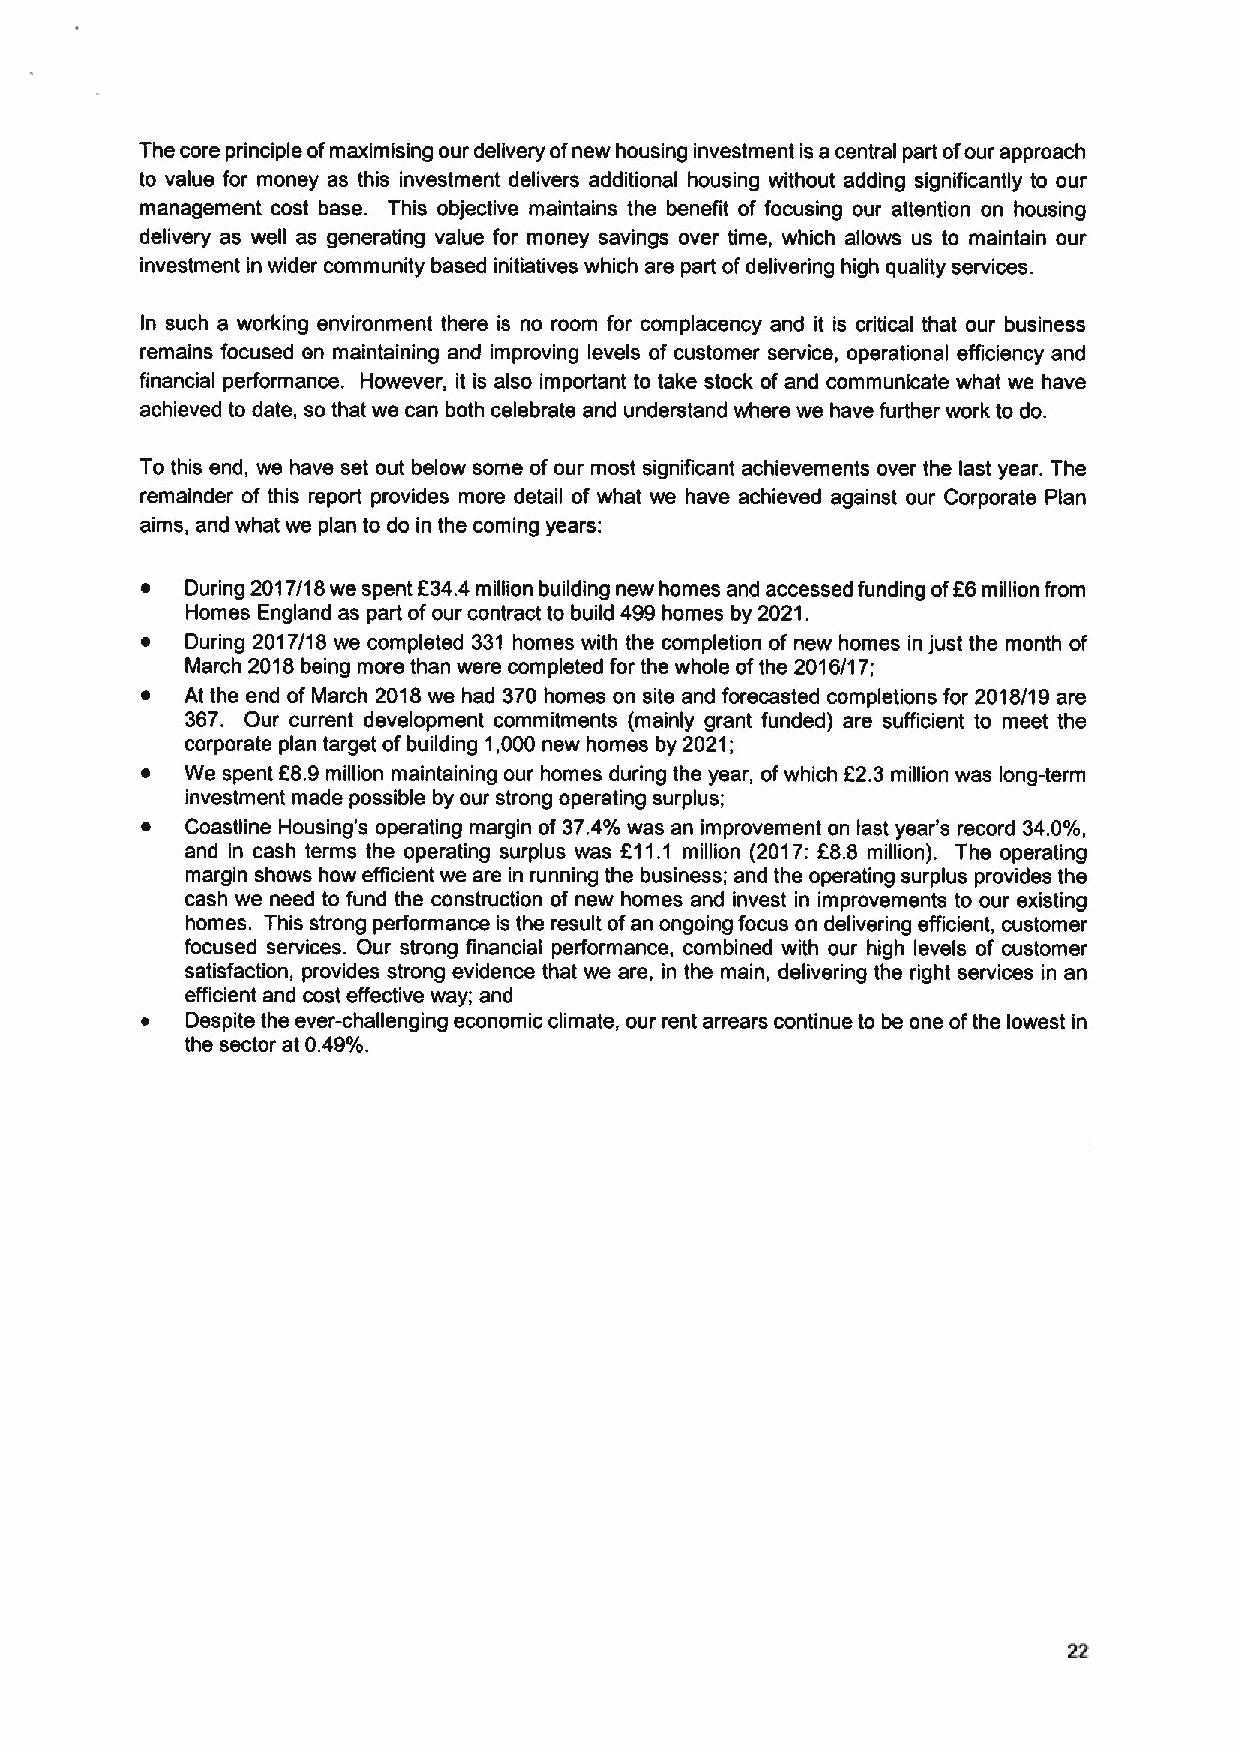
The core principle ofmaximising our delivery ofnew housing investment is a central part ofour approach
 to value for money as this investment delivers additional housing without adding significantly to our
 management cost base. This objective maintains the benefit of focusing our attention on housing
 delivery as well as generating value for money savings over time, which allows us to maintain our
 investment in wider community based initiatives which are part ofdelivering high quality services.
 In such a working environment there is no room for complacency and it is critical that our business
 remains focused en maintaining and improving levels of customer service, operational efficiency and
 financial performance. However, it is also important to take stock of and communicate what we have
 achieved to date, so that we can both celebrate and understand where we have further work to do.
 To this end, we have set out below some ofour most significant achievements over the last year. The
 remainder of this report provides more detail of what we have achieved against our Corporate Plan
 aims, and what we plan to do in the coming years:
 ~  During 2017/18we spent 634.4million building new homes and accessed funding ofF6million from
 Homes England as part ofour contract to build 499homes by 2021.
 ~  During 2017/18 we completed 331 homes with the completion of new homes in just the month of
 March 2018being more than were completed for the whole ofthe 2016/17;
 ~  At the end of March 2018we had 370homes on site and forecasted completions for 2018/19 are
 367. Our current development commitments (mainly grant funded) are sufficient to meet the
 corporate plan target ofbuilding 1,000 new homes by 2021;
 ~  We spent 68.9million maintaining our homes duding the year, ofwhich f2.3million was long-term
 investment made possible by our strong operating surplus;
 ~  Coastline Housing's operating margin of 37. 4'%%d was an improvement on last year's record 34. 0'%%d,
 and in cash terms the operating surplus was 611. 1 million (2017:F8.8 million). The operating
 margin shows how efficient we are in running the business; and the operating surplus provides the
 cash we need to fund the construction of new homes and invest in improvements to our existing
 homes. This strong performance is the result ofan ongoing focus on delivering efficient, customer
 focused services. Our strong financial performance, combined with our high levels of customer
 satisfaction, provides strong evidence that we are, in the main, delivering the right services in an
 efficient and cost effective way; and
 ~  Despite the ever-challenging economic climate, our rent arrears continue to be one ofthe lowest in
 the sector at 0. 49'%%d.